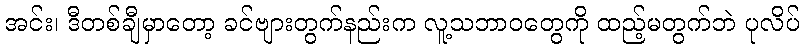
အင်း၊ ဒီတစ်ချီမှာတော့ ခင်ဗျားတွက်နည်းက လူ့သဘာဝတွေကို ထည့်မတွက်ဘဲ ပုလိပ်